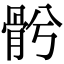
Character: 𩨦